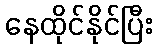
နေထိုင်နိုင်ပြီး